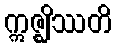
ဣဇ္ဈိဿတိ